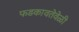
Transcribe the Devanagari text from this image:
फडकावतेवेळी